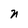
Character: n